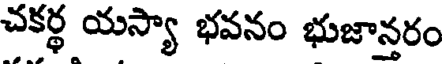
చకర్థ యస్యా భవనం భుజాన్తరం